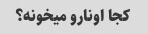
کجا اونارو میخونه؟